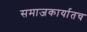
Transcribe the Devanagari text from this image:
समाजकार्यातच